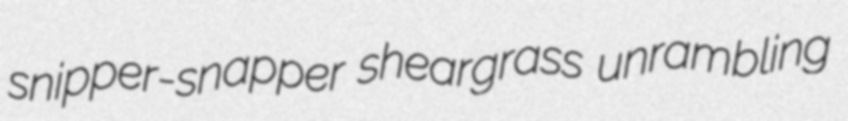
snipper-snapper sheargrass unrambling